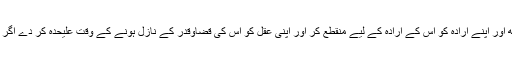
تو اپنے علم کو اس کے سامنے ختم کر دے اور اس کی تدبیر کے سامنے اپنی تدبیر کو علیحدہ رکھ اور اپنے ارادہ کو اس کے ارادہ کے لیے منقطع کر اور اپنی عقل کو اس کی قضاوقدر کے نازل ہونے کے وقت علیحدہ کر دے اگر تو اللہ تعالیٰ کو پروردِگار، مدد گار اور سلامتی دہندہ سمجھتا ہے تو اس کے ساتھ یہی معاملہ کر ۔